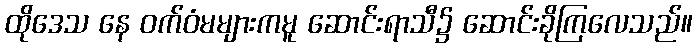
ထိုဒေသ နေ ဝက်ဝံမများကမူ ဆောင်းရာသီ၌ ဆောင်းခိုကြလေသည်။